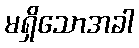
မရှိသောအခါ